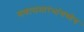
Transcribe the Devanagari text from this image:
सणासमारंभांमध्येच